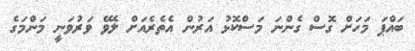
ބައްޕަ މަހަށް ގޮސް ގެންނަ މަސްކޮޅު އަރުން އެތެރެއަށް ލެވޭ ވަރުވަނީ މަންމަގެ